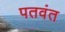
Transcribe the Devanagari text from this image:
पतवंत